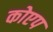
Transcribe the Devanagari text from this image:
कोएप